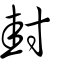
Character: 𡉚